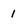
Character: 1